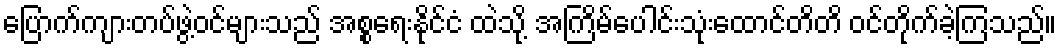
ပြောက်ကျားတပ်ဖွဲ့ဝင်များသည် အစ္စရေးနိုင်ငံ ထဲသို့ အကြိမ်ပေါင်းသုံးထောင်တိတိ ဝင်တိုက်ခဲ့ကြသည်။